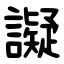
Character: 譺